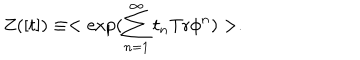
Z ( [ t ] ) \equiv < \exp ( \sum _ { n = 1 } ^ { \infty } t _ { n } \mathrm { T r } \phi ^ { n } ) > .